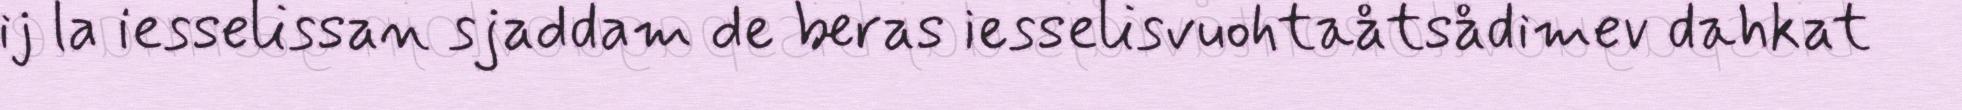
ij la iesselissan sjaddam de beras iesselisvuohtaåtsådimev dahkat